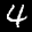
Label: 4